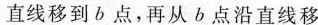
直线移到b点，再从b点沿直线移